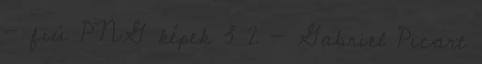
- fiú PNG képek 3 2 - Gabriel Picart